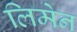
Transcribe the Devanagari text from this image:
लिमेन